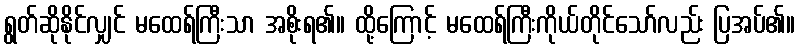
ရွတ်ဆိုနိုင်လျှင် မထေရ်ကြီးသာ အစိုးရ၏။ ထို့ကြောင့် မထေရ်ကြီးကိုယ်တိုင်သော်လည်း ပြအပ်၏။